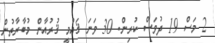
2 މަސް 19 ދުވަސް ކުރިން. 30 ވަނަ ޤައުމީ ޤުރުއާން މުބާރާތުން